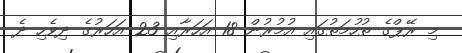
މި ރޭޕްގެ ތުހުމަތުގައި އުމުރުން 18 އަހަރާއި 23 އަހަރުގެ ދިވެހި ދެ